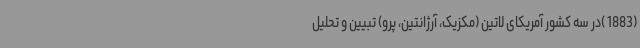
(1883 )در سه کشور آمریکای لاتین (مکزیک، آرژانتین، پرو) تبیین و تحلیل